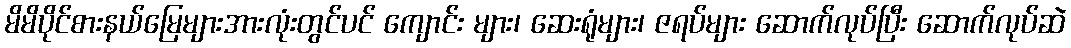
မိမိပိုင်စားနယ်မြေများအားလုံးတွင်ပင် ကျောင်း များ၊ ဆေးရုံများ၊ ဇရပ်များ ဆောက်လုပ်ပြီး ဆောက်လုပ်ဆဲ